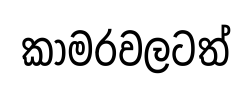
කාමරවලටත්